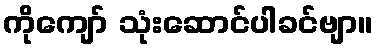
ကိုကျော် သုံးဆောင်ပါခင်ဗျာ။